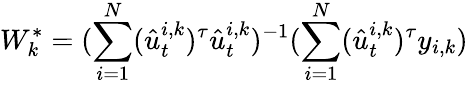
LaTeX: {W}_{k}^{*}=(\sum_{i=1}^{N}(\hat{u}_{t}^{i,k})^{\tau}\hat{u}_{t}^{i,k})^{-1}({\sum_{i=1}^{N}(\hat{u}_{t}^{i,k})^{\tau}{y}_{i,k}})